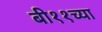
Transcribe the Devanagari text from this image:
बी११च्या